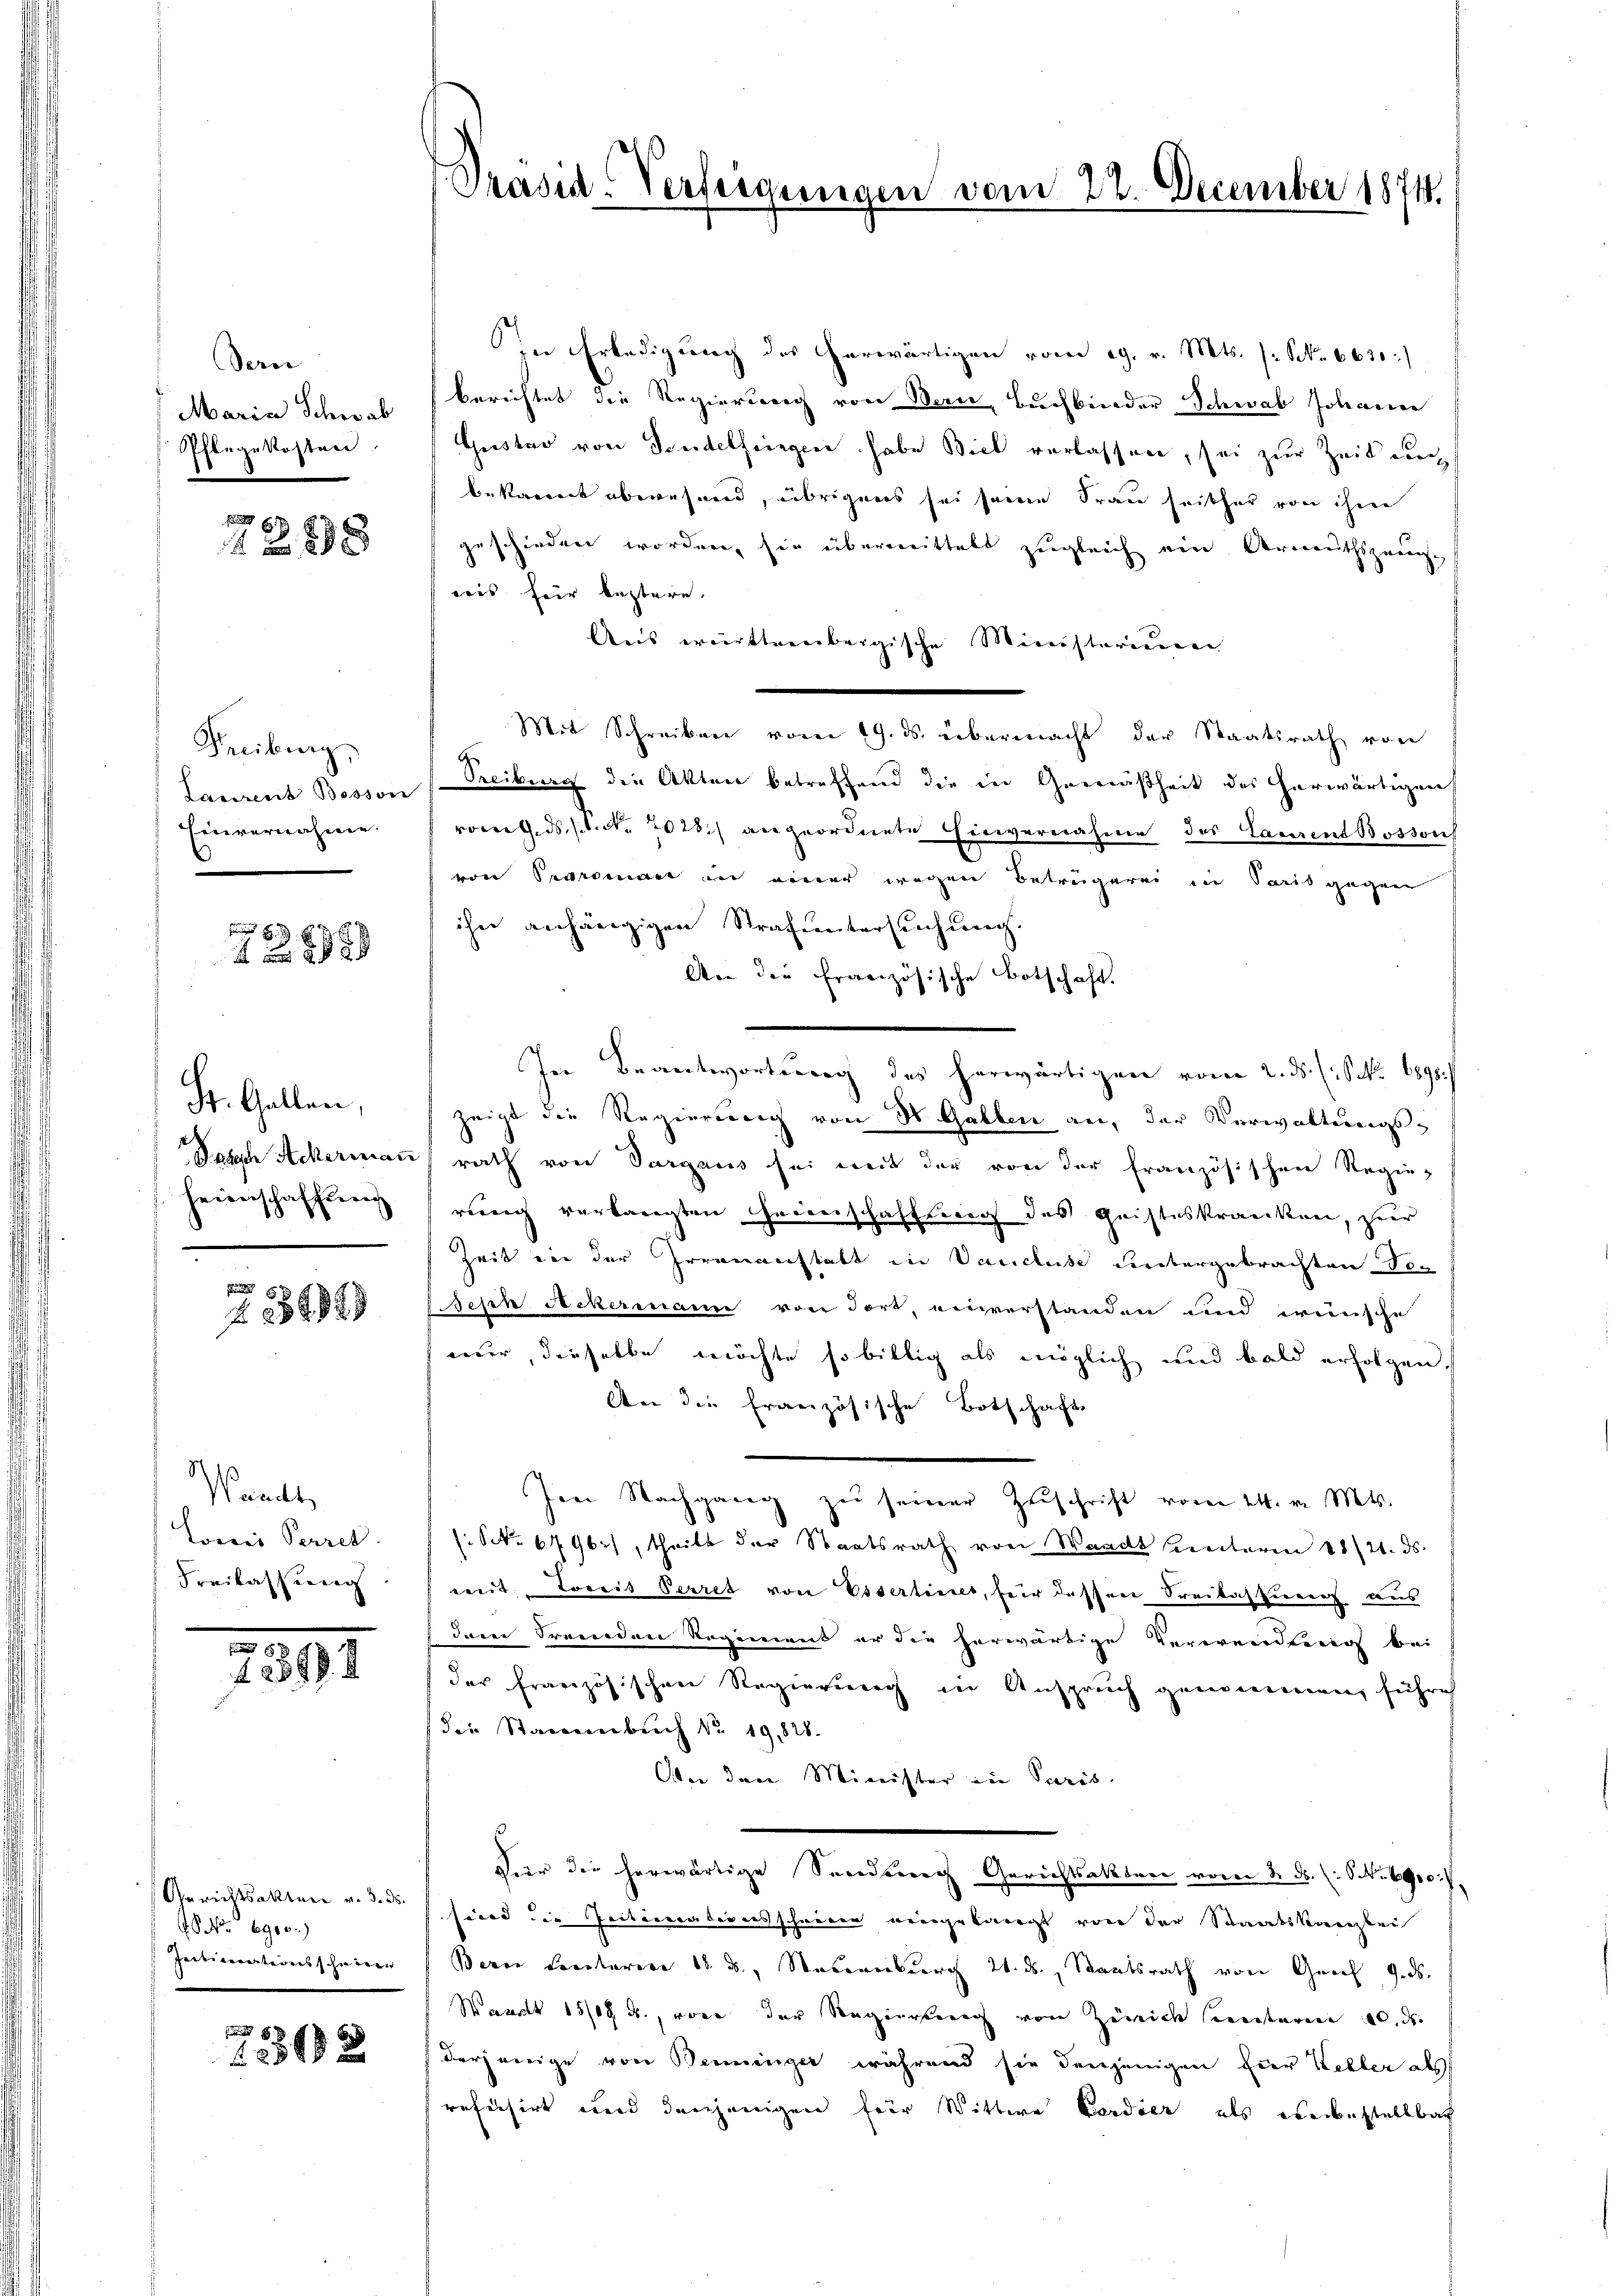
Dern
Maria Schwab
Pflegekosteri

8
f 8 x

Freiburg,
Laurent Bosson
Einvernahme.

4

St. Gallen,
Satzer Ackermann
heimschaffŭng

f 5 x

g
Waadt,
Loecis Perrek
Freilassung

m
1258

Gerichtsakten v. 3. ds.
 No 6900.)
Intimationsscheine

8
425 2

Präsid-Verfügungen vom 22. December 1874.

in Erledigung des herwärtigen vom 29. v. Mts. f. No. 661:
berichtet die Regierung von Bern, Buchbinder Schwab Johann
Gustav von Sondelfingen habe Biel verlassen, sei zur Zeit durch
bekannt aberuhend, übrigens sei seine Frau seither von ihm
geschieden worden, sie übermittels zugleich ein Vermuthszeug-
reis hier leztere.
Aus württembergische Ministerium
Mit Schreiben vom 19. ds. übermacht der Staatsrath von
G
Treiburg die Akten betreffend die in Gemäßheit des herwärtigen
roweg. ds. s. No. 2028 angeordnete Einvernahme des Laurent Bossons
von Praroman an einer wegen Betrügerei in Paris gegen
ihn anhängigen Strafuntersuchung.
An die französische Botschaft.
In Beantwortung des herwärtigen vom 2. ds. (S. 1890.
zeigt die Regierung von 3 Gallen an, der Verwaltungsrath von Vargaus sei mit der von der Französischen Regie-
rerrich verlangten Heimschaffung des Geisteskranken, zur
Zeit die der Irrenanstatt in Vancluse untergebrachten To¬
Seph Ackermann von dort, einverstanden und wünsche
mur, dieselbe möchte so billig als möglich und bald erfolgen,
Aer die französische Botschaft
Im Nachgang zŭ seiner Zŭschrift vom 24. v. Mts.
: No 6796), theilt der Staatsrath von Waadt bereiteren 28/21. ds.
weit. Loccit Perret von Essertiner, für dessen Freilassung aus
dam Freunden Regimens er die herwärtige Verwendung bei
der französischen Regierung in Anspruch genommen, führich
(die Stammbuch No. 19,828.
Aber den Minister in Paris.
Für die herwärtige Sendung Gerichtsaktere vom 2. ds. (: S. 1910.
sind die Zeitererberausschneten eingelangt von der Staatskanzlen
Bern Lectoren 18. B., Nauernburg 21. ds., Staatsrath von Gerich 9. ds.
Wavit 1508 u. von der Regierung von Zürich seiteren 10. d.
derjenige von Benninger während sie denjenigen hier Keller als
refusirt und denjenigen für Wittwe Candier als einbestellbar